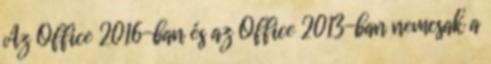
Az Office 2016-ban és az Office 2013-ban nemcsak a